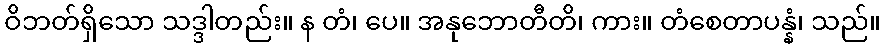
ဝိဘတ်ရှိသော သဒ္ဒါတည်း။ န တံ၊ ပေ။ အနုဘောတီတိ၊ ကား။ တံစေတာပန္နံ၊ သည်။